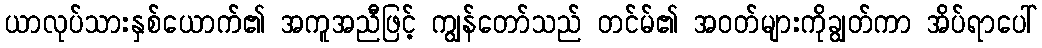
ယာလုပ်သားနှစ်ယောက်၏ အကူအညီဖြင့် ကျွန်တော်သည် တင်မ်၏ အဝတ်များကိုချွတ်ကာ အိပ်ရာပေါ်